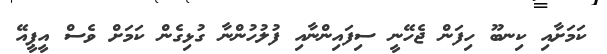
ކަމަށާއި ކިނބޫ ހިފަން ޖެހޭނީ ސިފައިންނާއި ފުލުހުންނާ ގުޅިގެން ކަމަށް ވެސް އީޕީއޭ